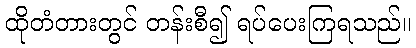
ထိုတံတားတွင် တန်းစီ၍ ရပ်ပေးကြရသည်။